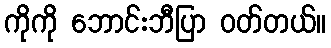
ကိုကို ဘောင်းဘီပြာ ဝတ်တယ်။